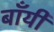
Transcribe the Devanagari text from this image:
बॉंयी